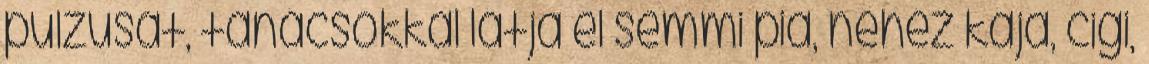
pulzusát, tanácsokkal látja el semmi pia, nehéz kaja, cigi,